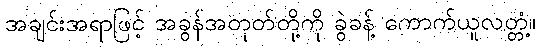
အချင်းအရာဖြင့် အခွန်အတုတ်တို့ကို ခွဲခန့် ကောက်ယူလတ္တံ့။